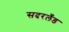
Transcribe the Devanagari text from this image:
सदरलँड